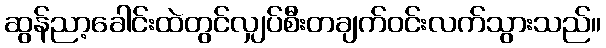
ဆွန်ညာ့ခေါင်းထဲတွင်လျှပ်စီးတချက်ဝင်းလက်သွားသည်။